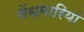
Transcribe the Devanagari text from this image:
सेंधमारियां